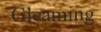
Gleaming